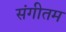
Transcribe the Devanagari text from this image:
संगीतम